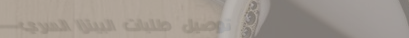
توصيل طلبات البيتزا السري